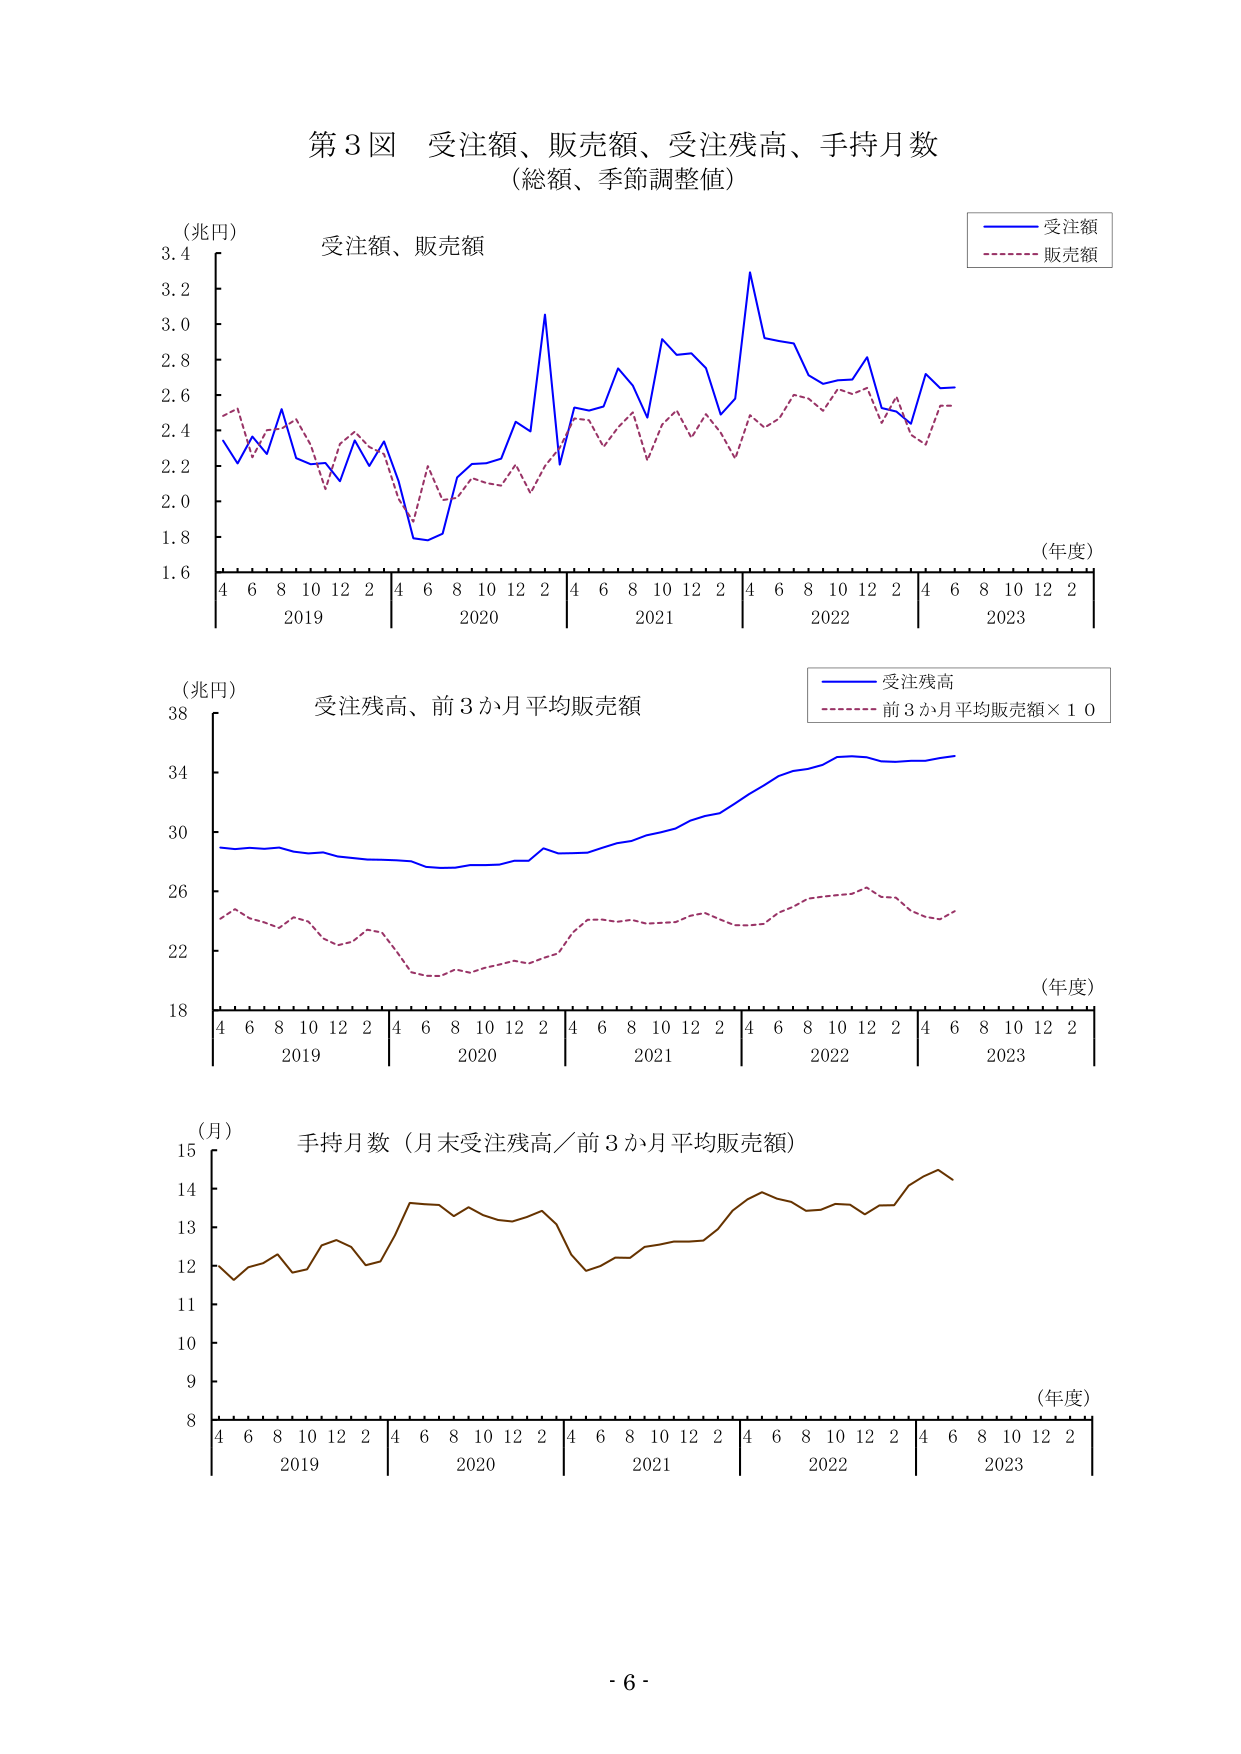
第3図 受注額、販売額、受注残高、手持月数
（総額、季節調整値）

（兆円）
受注額、販売額
（年度）
4 6 8 10 12 2 4 6 8 10 12 2 4 6 8 10 12 2 4 6 8 10 12 2 4 6 8 10 12 2
2019 2020 2021 2022 2023
1.6 1.8 2.0 2.2 2.4 2.6 2.8 3.0 3.2 3.4

（兆円）
受注残高、前3か月平均販売額
（年度）
4 6 8 10 12 2 4 6 8 10 12 2 4 6 8 10 12 2 4 6 8 10 12 2 4 6 8 10 12 2
2019 2020 2021 2022 2023
18 22 26 30 34 38

（月）
手持月数（月末受注残高／前3か月平均販売額）
（年度）
4 6 8 10 12 2 4 6 8 10 12 2 4 6 8 10 12 2 4 6 8 10 12 2 4 6 8 10 12 2
2019 2020 2021 2022 2023
8 9 10 11 12 13 14 15

- 6 -

（凡例）
受注額
販売額
受注残高
前3か月平均販売額×10